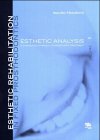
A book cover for Esthetic Rehabilitation In Fixed Prosthodontics: Esthetic Analysis: A Systematic Approach To Prosthetic Treatment; Mauro Fradeani; Medical Books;